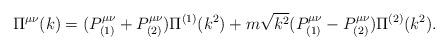
LaTeX: \begin{align*}\Pi^{\mu\nu}(k)=( P^{\mu\nu}_{(1)}+ P^{\mu\nu}_{(2)})\Pi^{(1)}(k^2) +m\sqrt{k^2}( P^{\mu\nu}_{(1)}- P^{\mu\nu}_{(2)})\Pi^{(2)}(k^2).\end{align*}